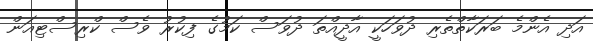
އަދި އެންމެ ބަރަކާތްތެރި ދުވަހަކީ އާދީއްތަ ދުވަސް ކަމުގެ ފިކުރު ވެސް ކްރިސްޓިއަން